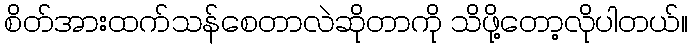
စိတ်အားထက်သန်စေတာလဲဆိုတာကို သိဖို့တော့လိုပါတယ်။